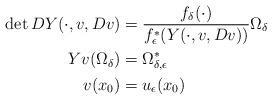
LaTeX: \begin{align*} \det DY(\cdot,v,Dv) &= \frac{f_\delta(\cdot)}{f_\epsilon^*(Y(\cdot,v,Dv))}\Omega_\delta\\ Yv(\Omega_\delta) &= \Omega^*_{\delta,\epsilon}\\ v(x_0) &= u_\epsilon(x_0) \end{align*}